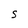
Character: s